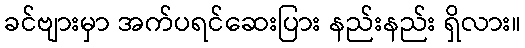
ခင်ဗျားမှာ အက်ပရင်ဆေးပြား နည်းနည်း ရှိလား။